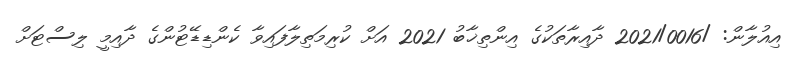
އިއުލާން: /2021/0016 ދާއިރާތަކުގެ އިންތިޚާބު 2021 އަށް ކުރިމަތިލާފައިވާ ކެންޑިޑޭޓުންގެ ދާއިމީ ލިސްޓަށް